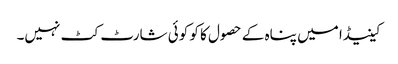
کینیڈا میں پناہ کے حصول کا کو کوئی شارٹ کٹ نہیں۔